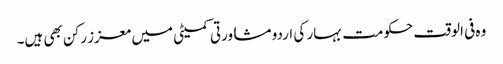
وہ فی الوقت حکومت بہار کی اردو مشاورتی کمیٹی میں معزز رکن بھی ہیں۔